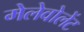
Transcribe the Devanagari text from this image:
मेलेवोलेंट